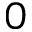
0